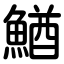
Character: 鰌